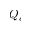
Q _ { e }